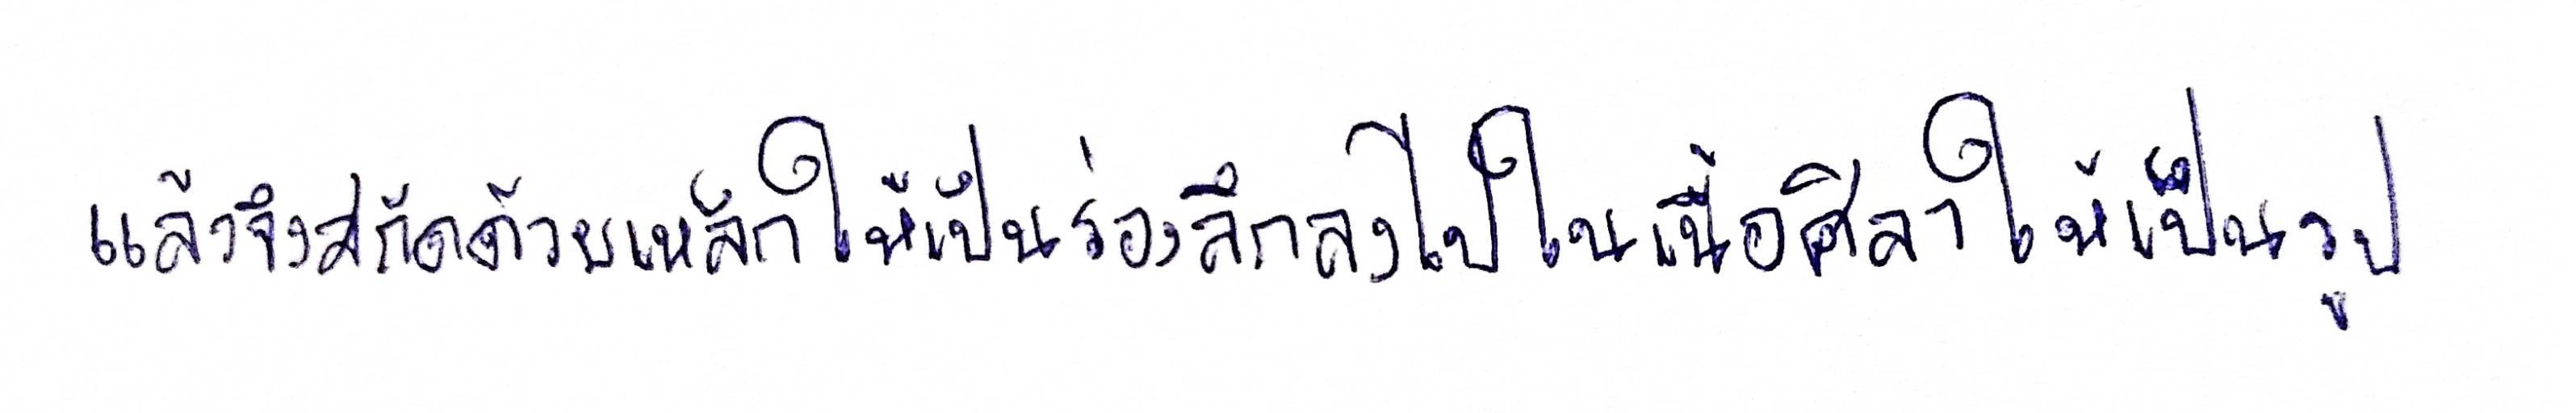
แล้วจึงสกัดด้วยเหล็กให้เป็นร่องลึกลงไปในเนื้อศิลาให้เป็นรูป